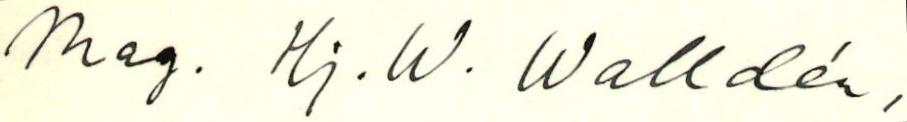
Mag. Hj. W. Walldén,